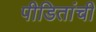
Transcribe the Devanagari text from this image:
पीडितांची